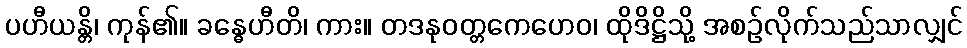
ပဟီယန္တိ၊ ကုန်၏။ ခန္ဓေဟီတိ၊ ကား။ တဒနုဝတ္တကေဟေဝ၊ ထိုဒိဋ္ဌိသို့ အစဉ်လိုက်သည်သာလျှင်